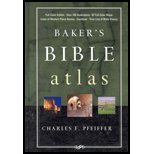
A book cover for Baker's Bible Atlas ((REV)03) by Pfeiffer, Charles [Hardcover (2003)]; Pfeiffer; Christian Books & Bibles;